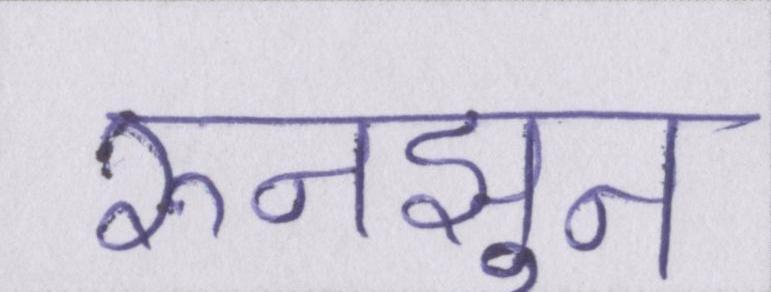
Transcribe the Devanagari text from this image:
रुनझुन